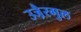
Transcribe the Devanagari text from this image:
उजै़रगुल